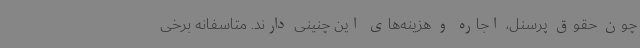
چون حقوق پرسنل، اجاره و هزینه‌های این چنینی دارند. متاسفانه برخی